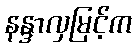
နန္ဒာလှမြင့်က